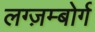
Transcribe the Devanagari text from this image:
लग्ज़म्बोर्ग